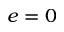
e = 0